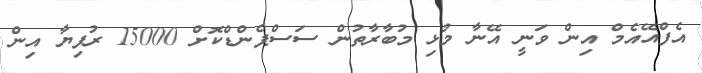
އެފްއޭއެމް އިން ވަނީ އޭނާ މުޅި މުބާރާތުން ސަސްޕެންޑްކޮށް 15000 ރުފިޔާ އިން